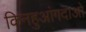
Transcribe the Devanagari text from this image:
किनहुआंगदाओ